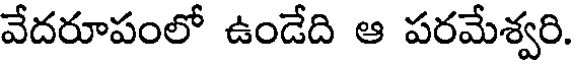
వేదరూపంలో ఉండేది ఆ పరమేశ్వరి.